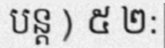
បន្ត ) ៥ ២: